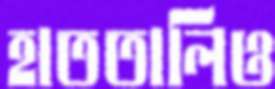
হাততালিও